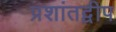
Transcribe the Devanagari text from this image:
प्रशांतद्वीप